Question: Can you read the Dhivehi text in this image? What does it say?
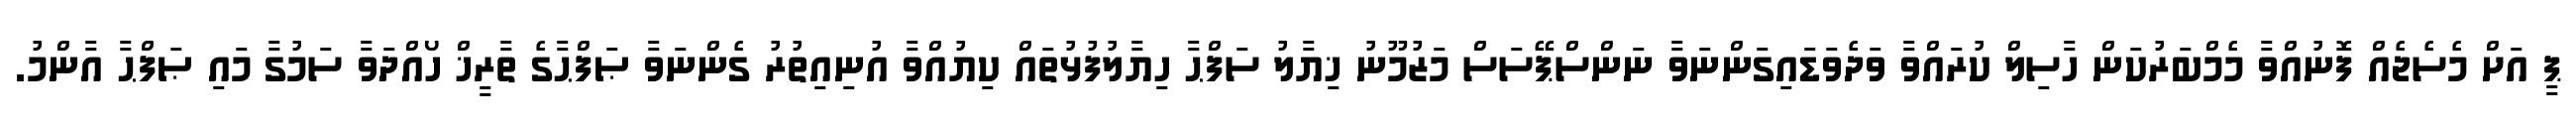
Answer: ޕީ އަށް މެސެޖެއް ފޮނުއްވާ މެމްބަރުކަން ހާސިލް ކުރައްވާ ވަދެވަޑައިގަންނަވާ ނަންސްޕޭސަސް މަޒުމޫނު ޚިޔާލު ސަފްޙާ ހިޔާލުފުޅުތައް ކިޔުއްވާ އުނިއިތުރު ގެންނަވާ ޞަފްޙާގެ ތާރީޚް ހޯއްދަވާ ސަމުގާ މައި ޞަފްޙާ އާންމު.